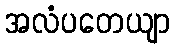
အလံပတေယျာ